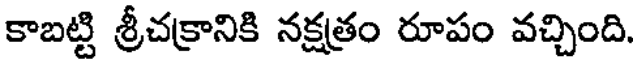
కాబట్టి శ్రీచక్రానికి నక్షత్రం రూపం వచ్చింది.